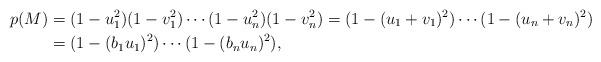
LaTeX: \begin{align*}p(M)&=(1-u_1^2)(1-v_1^2)\cdots(1-u_n^2)(1-v_n^2) =(1-(u_1+v_1)^2)\cdots(1-(u_n+v_n)^2)\\ &=(1-(b_1 u_1)^2)\cdots(1-(b_n u_n)^2), \end{align*}